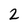
Character: 2